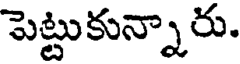
పెట్టుకున్నారు.